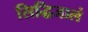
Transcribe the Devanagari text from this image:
सिद्धिजालं